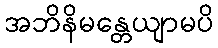
အဘိနိမန္တေယျာမပိ